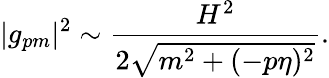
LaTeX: |g_{pm}|^{2}\sim\frac{H^{2}}{2\sqrt{m^{2}+(-p\eta)^{2}}}.